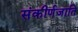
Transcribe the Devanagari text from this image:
संकीर्णजाति